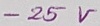
Text: -25V